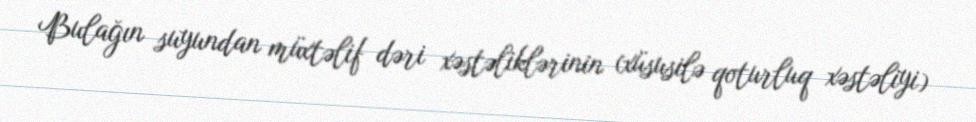
Bulağın suyundan müxtəlif dəri xəstəliklərinin (xüsusilə qoturluq xəstəliyi)